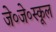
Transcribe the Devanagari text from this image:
जे०जे०स्कूल